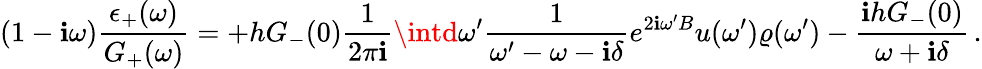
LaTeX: (1-\mathbf{i}\omega)\frac{{\epsilon_{+}(\omega)}}{{G_{+}(\omega)}}=+hG_{-}(0)\frac{{1}}{{2\pi\mathbf{i}}}\intd\omega^{\prime}\frac{{1}}{{\omega^{\prime}-\omega-\mathbf{i}\delta}}e^{2\mathbf{i}\omega^{\prime}B}u(\omega^{\prime})\varrho(\omega^{\prime})-\frac{{\mathbf{i}hG_{-}(0)}}{{\omega+\mathbf{i}\delta}}\, .